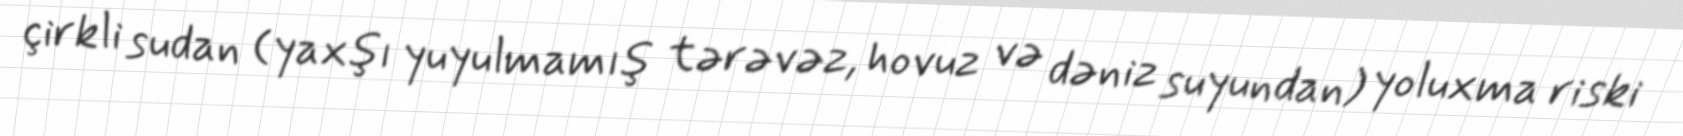
çirkli sudan (yaxşı yuyulmamış tərəvəz, hovuz və dəniz suyundan) yoluxma riski